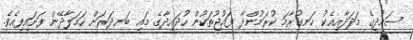
ސައުދީގެ މަދަދާއިއެކު ހަނގުރާމަ ކުރަމުންދާ ފައުޖުތަކުން ހުދައިދާގެ މައި ބަނދަރަށް ހަމަލާދޭން ފަށައިފިއެވެ.